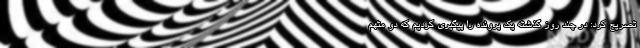
تصریح کرد: در چند روز گذشته یک پرونده را پیگیری کردیم که دو متهم